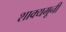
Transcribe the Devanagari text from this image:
शाक्यमूनी